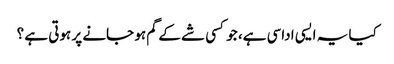
کیا یہ ایسی اداسی ہے، جو کسی شے کے گم ہو جانے پر ہوتی ہے ؟